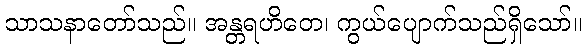
သာသနာတော်သည်။ အန္တရဟိတေ၊ ကွယ်ပျောက်သည်ရှိသော်။